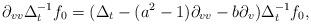
LaTeX: \begin{align*} \partial_{vv}\Delta_t^{-1}f_0 = (\Delta_t-(a^2-1)\partial_{vv}-b\partial_v)\Delta_t^{-1}f_0, \end{align*}